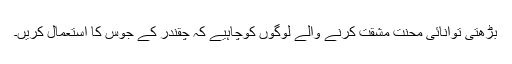
بڑھتی توانائی محنت مشقت کرنے والے لوگوں کوچاہیے کہ چقندر کے جوس کا استعمال کریں۔